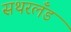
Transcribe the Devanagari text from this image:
सथरलँड